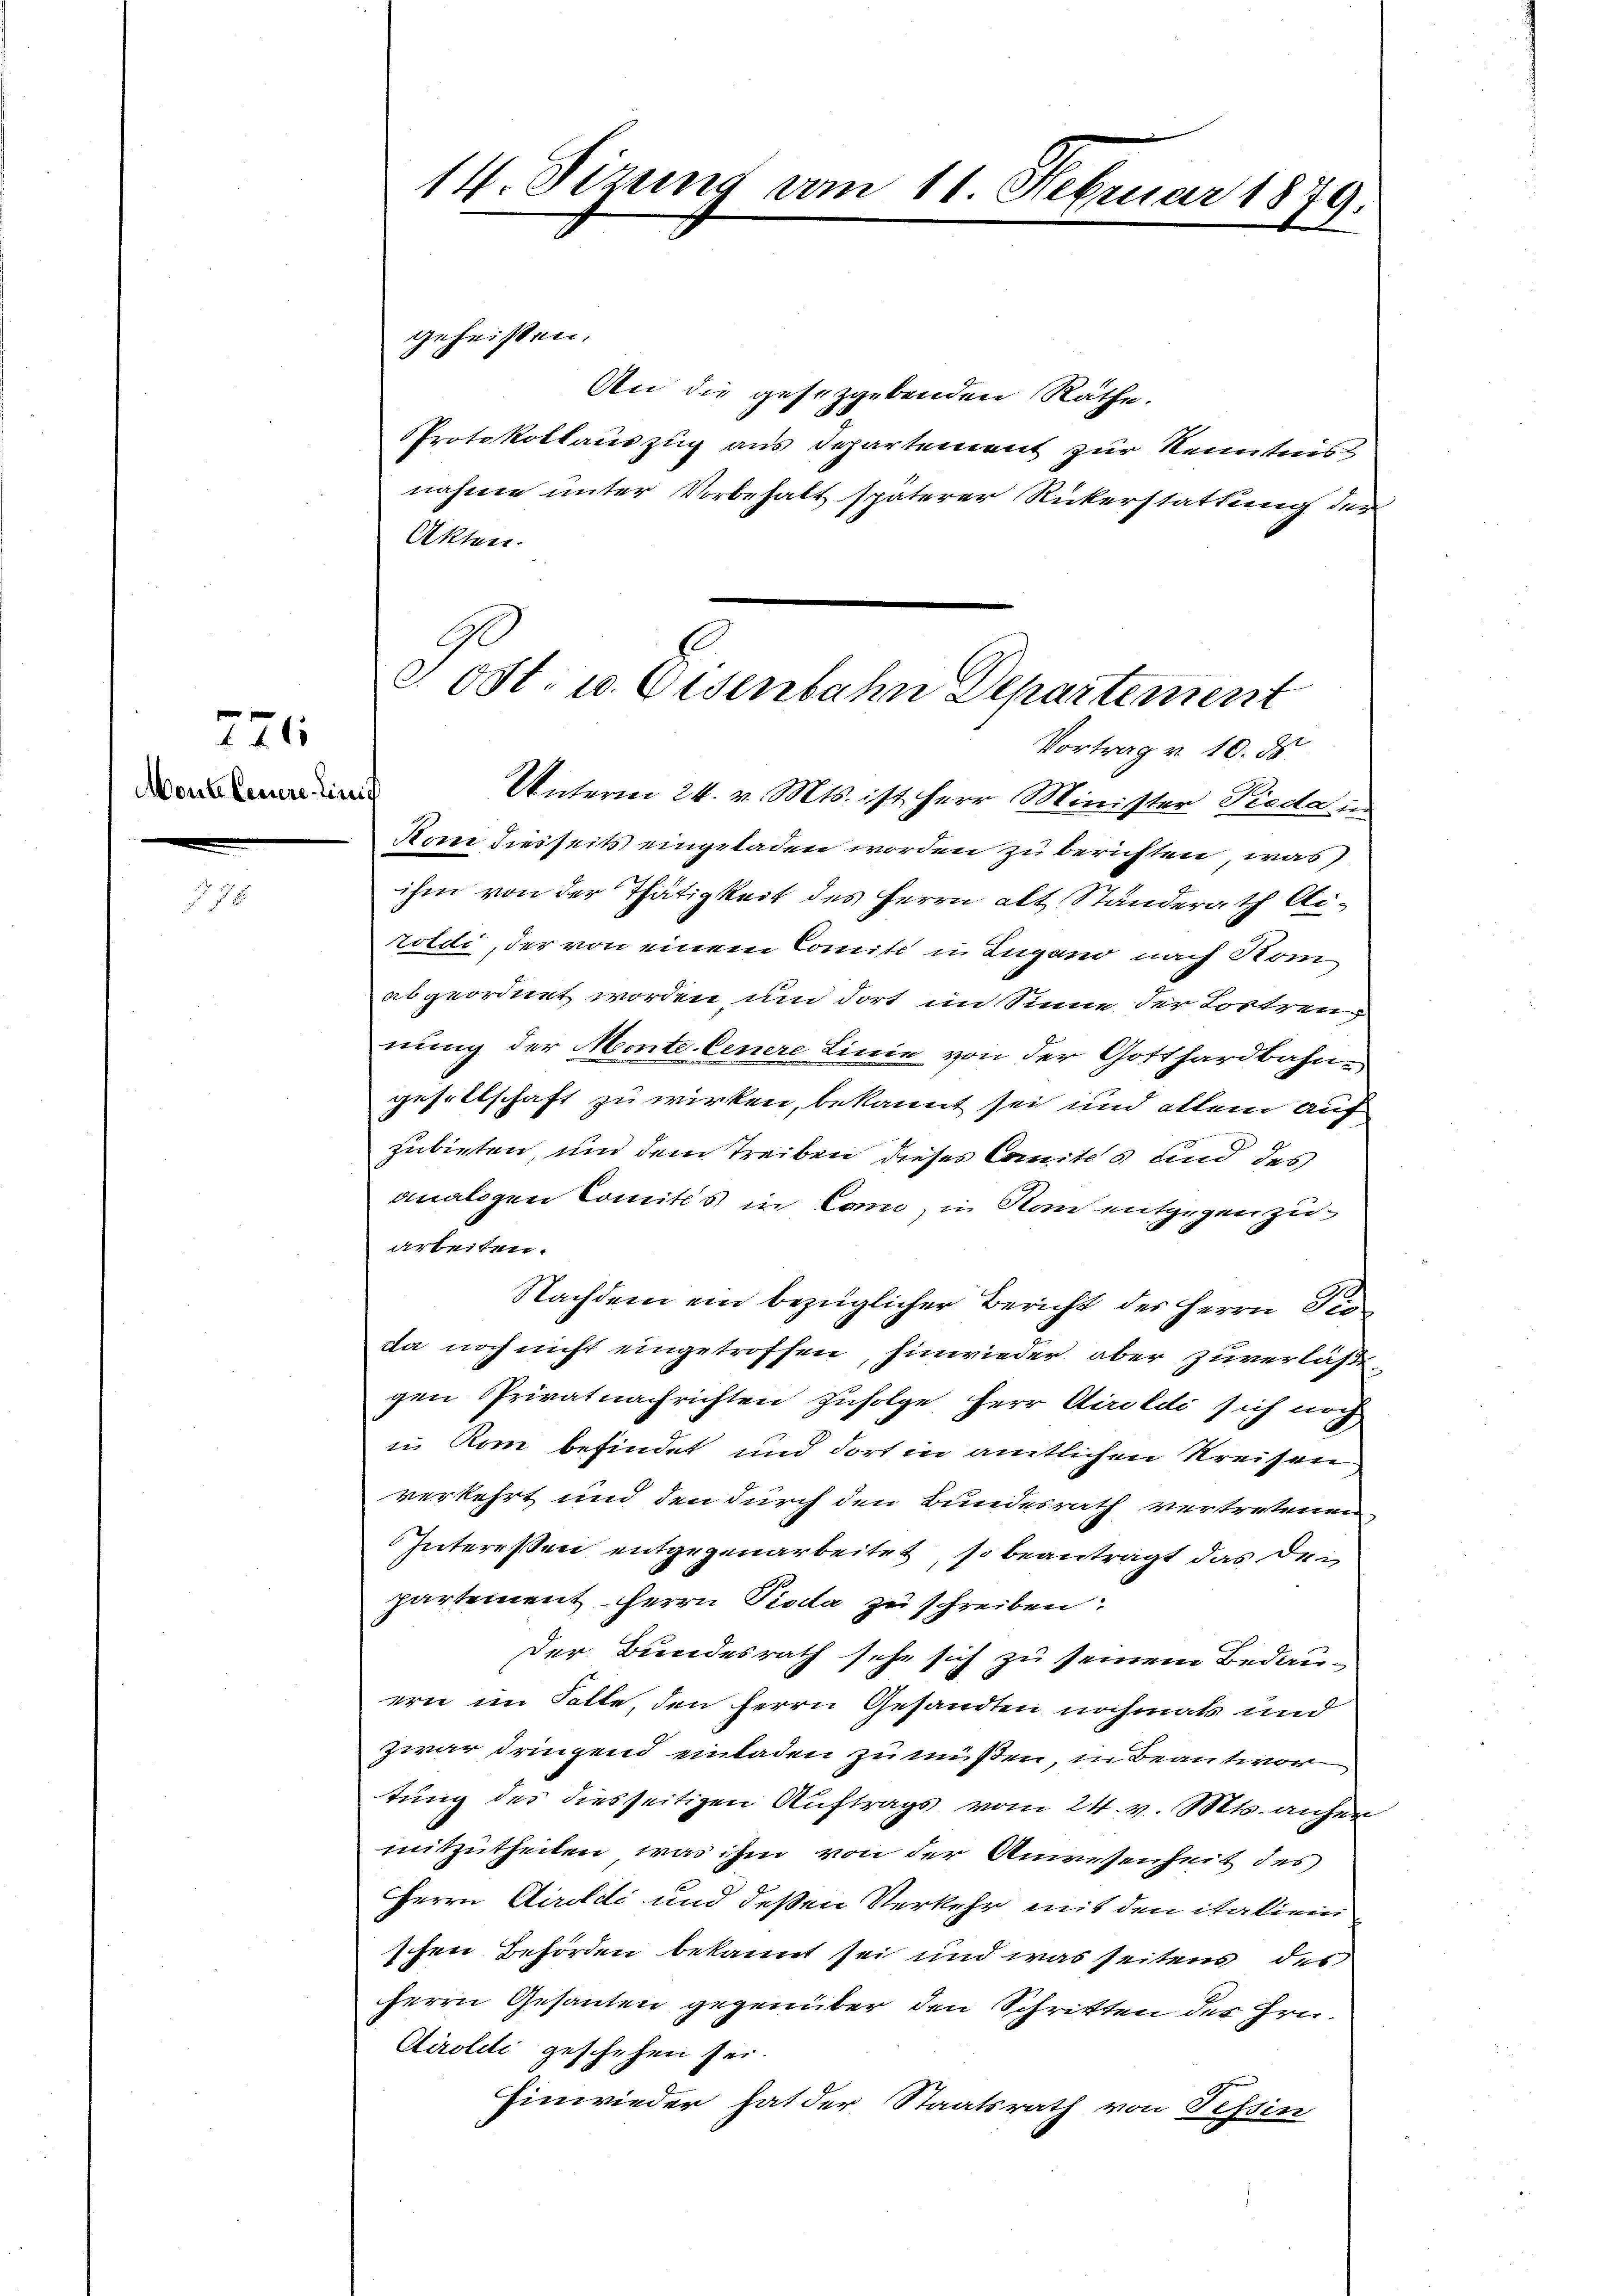
Monte Fessere Linis

221

14. Sizung vom 11. Februar 1879.

An die gesetzgebenden Rathe.
Protokollauszug aus Departement zur Kenntnis
nahme unter Vorbehalt späterer Rückerstattung der
Akten.
Kom diesseits eingeladen worden zu berichten, was
ihm von der Thätigkeit des Herrn alt Standerath Aizoldi, der von einem Comite in Lugano nach Rom
abgeordnet worden, und dort im Sinne der Lostreng
nung der Monte. Einere Linie von der Gotthardbahngesellschaft zu wirken, bekannt sei und allein auf
zubieten, und dem Treiben dieses Comites und des
analogen Comités in Cam, in Nan entgegen zuarbeiten.
Nachdem ein bezüglicher Bericht des Herrn Proda noch nicht eingetroffen, hinwieder aber zuverlaße
gen Privatnachrichten zufolge Herr Airoldi sich noch
in Rom befindet und dort in amtlichen Kreisen
verkehrt und den durch den Bundesrath vertretenen
Intereßen entgegenarbeitet, so beantragt das den
partement Herrn Pioda zu schreiben
der Bundesrath sehe sich zu seinem Bedauern im Falte, den Herrn Gesandten nochmals und
zwar dringend einladen zu müßen, in Beantwor
tung des diesseitigen Auftrags vom 24. v. Mts. anher
mitzutheilen, was ihm von der Anwesenheit des
Herrn Airoldi und deßen Verkehr mit den italien
schen Beförden bekannt sei und was seitens des
Herrn Gesanten gegenüber den Schritten des Hrn.
Airoldi geschehen sei.
Einwieder hat der Staatsrath von Tessin

geheißen.

Post. u. Eisenbahn Departement
Vortrag v. 10. ds.
Unterm 24. v. Mts. ist Herr Minister Pieda in